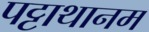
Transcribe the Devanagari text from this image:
पट्टाथानम